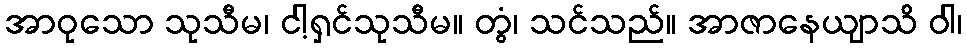
အာဝုသော သုသီမ၊ ငါ့ရှင်သုသီမ။ တွံ၊ သင်သည်။ အာဇာနေယျာသိ ဝါ၊